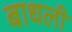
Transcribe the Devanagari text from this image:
बाधली